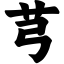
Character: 芎